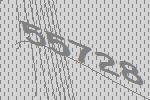
55728